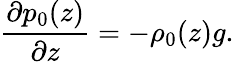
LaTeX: \frac{\partial p_{0}(z)}{\partial z}=-\rho_{0}(z)g.